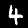
Digit: 4